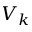
V _ { k }